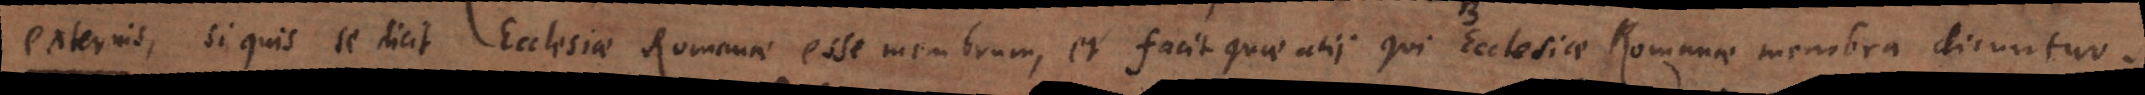
externis, si quis se dicit Ecclesiae Romanae esse membrum, et facit quae alii qui Ecclesiae Romanae membra dicuntur.